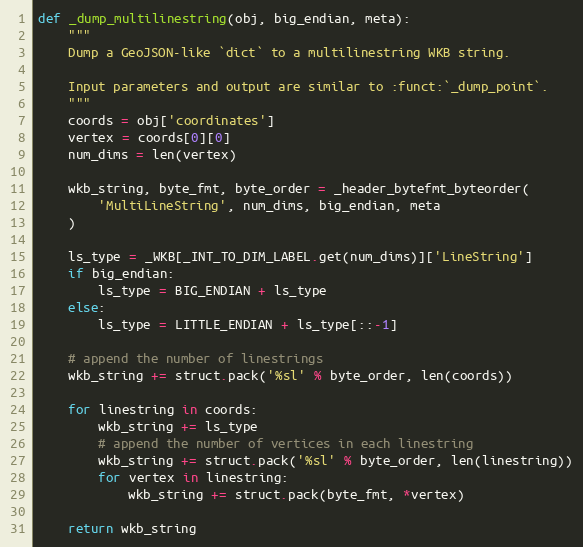
Language: Python
def _dump_multilinestring(obj, big_endian, meta):
    """
    Dump a GeoJSON-like `dict` to a multilinestring WKB string.

    Input parameters and output are similar to :funct:`_dump_point`.
    """
    coords = obj['coordinates']
    vertex = coords[0][0]
    num_dims = len(vertex)

    wkb_string, byte_fmt, byte_order = _header_bytefmt_byteorder(
        'MultiLineString', num_dims, big_endian, meta
    )

    ls_type = _WKB[_INT_TO_DIM_LABEL.get(num_dims)]['LineString']
    if big_endian:
        ls_type = BIG_ENDIAN + ls_type
    else:
        ls_type = LITTLE_ENDIAN + ls_type[::-1]

    # append the number of linestrings
    wkb_string += struct.pack('%sl' % byte_order, len(coords))

    for linestring in coords:
        wkb_string += ls_type
        # append the number of vertices in each linestring
        wkb_string += struct.pack('%sl' % byte_order, len(linestring))
        for vertex in linestring:
            wkb_string += struct.pack(byte_fmt, *vertex)

    return wkb_string